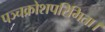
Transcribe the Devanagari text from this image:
पञ्चक्रोशपरिमिता।